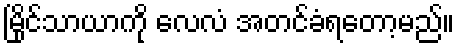
မြိုင်သာယာကို လေလံ အတင်ခံရတော့မည်။